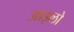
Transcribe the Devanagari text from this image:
आइलो